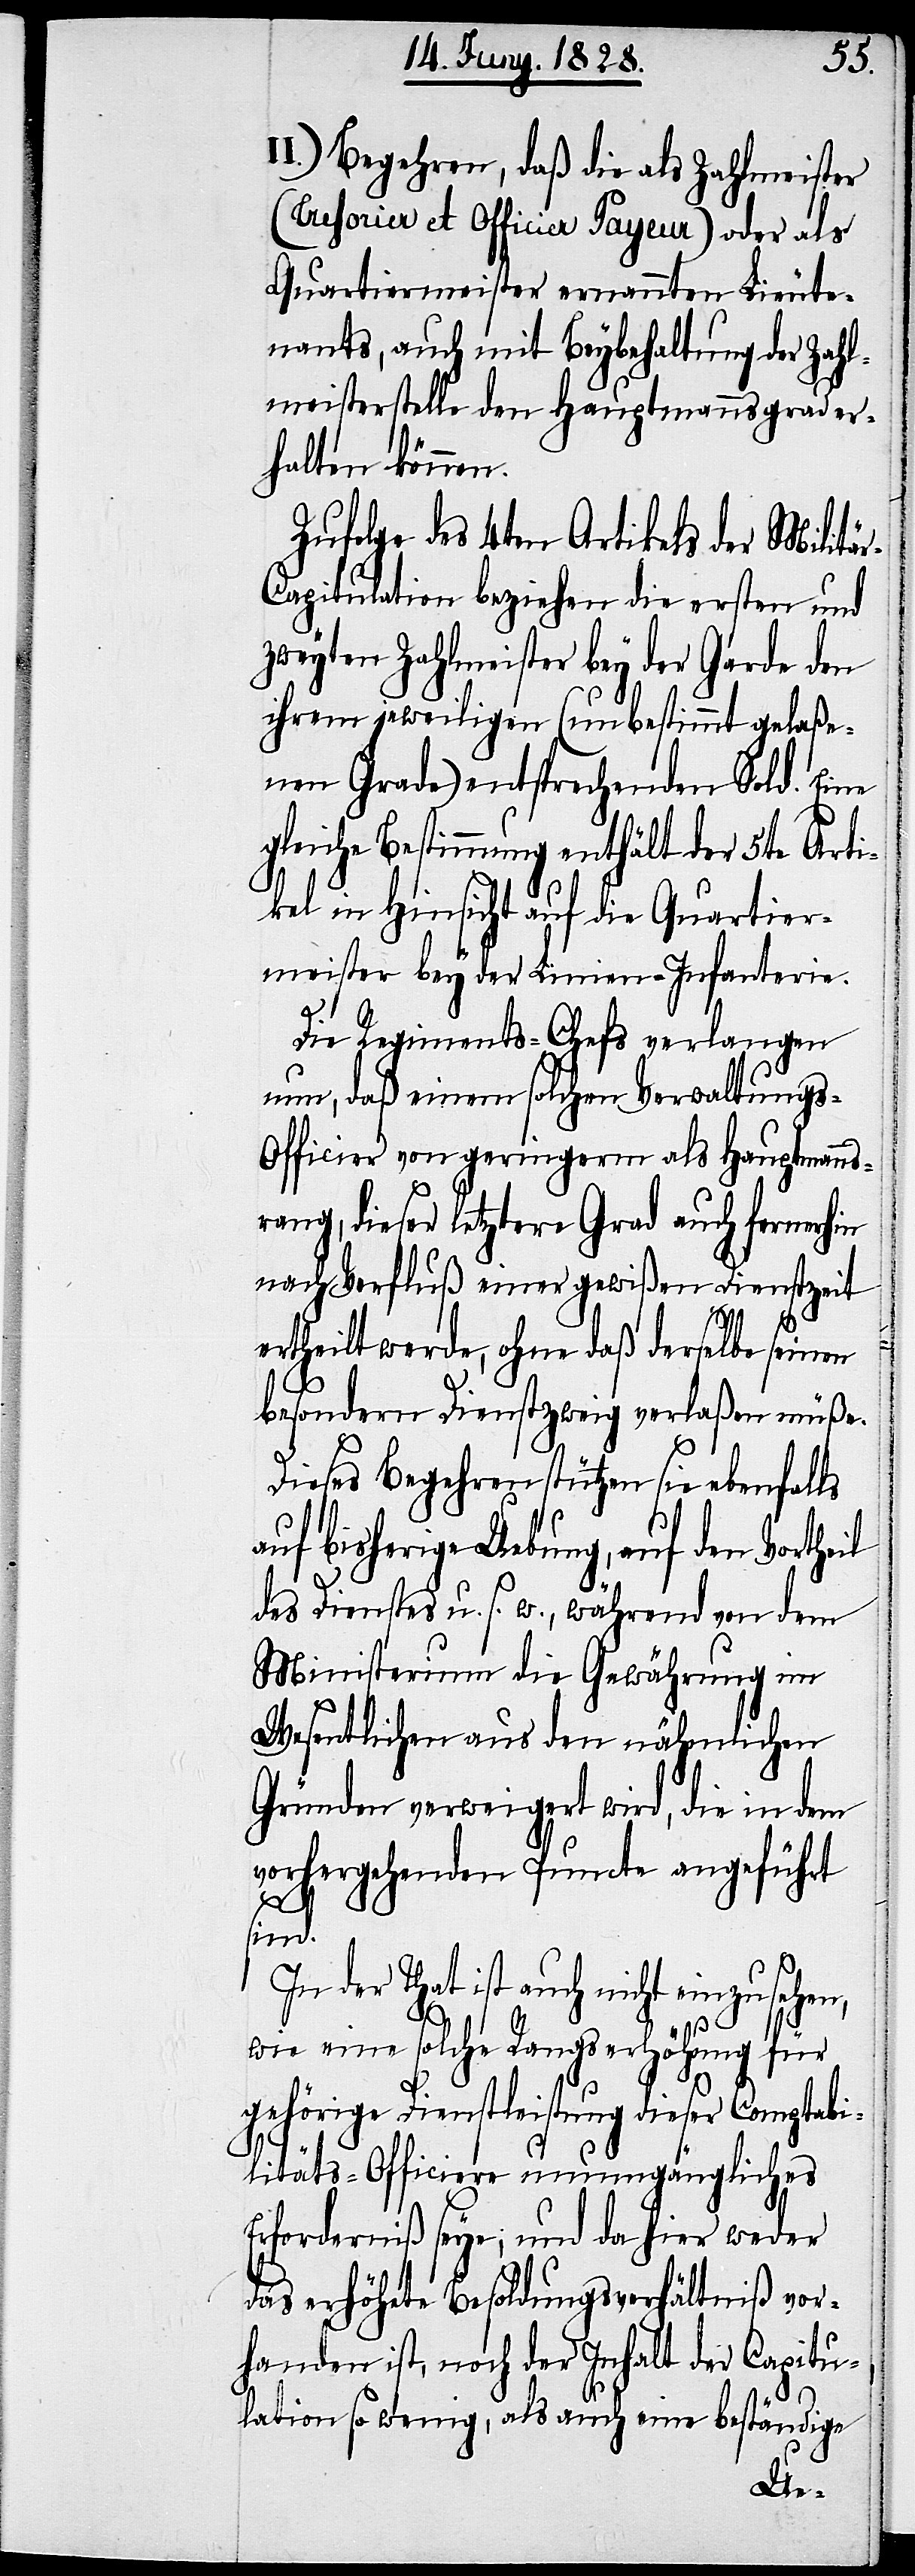
II.) Begehren, daß die als Zahlmeister
(Tresorier et Officier Payeur) oder als
Quartiermeister ernannten Lieute¬
nants, auch mit Beybehaltung der Zahl¬
meisterstelle den Hauptmannsgrad er¬
halten können.
Zufolge des 4ten Artikels der Militä¬
r-Capitulation beziehen die ersten und
zweyten Zahlmeister bey der Garde den
ihrem jeweiligen (unbestimmt gelaße¬
nen Grade) entsprechenden Sold. Eine
gleiche Bestimmung enthält der 5te Arti¬
kel in Hinsicht auf die Quartier¬
meister bey der Linien-Infanterie.
Die Regiments-Chefs verlangen
nun, daß einem solchen Verwaltung¬
s-Officier von geringerm als Hauptmanns¬
rang, dieser letztere Grad auch fernerhin
nach Verfluß einer gewißen Dienstzeit
ertheilt werde, ohne daß derselbe seinen
besondern Dienstzweig verlaßen müße.
Dieses Begehren stützen sie ebenfalls
auf bisherige Uebung, auf den Vortheil
des Dienstes u. s. w., während von dem
Ministerium die Gewährung im
Wesentlichen aus den nähmlichen
Gründen verweigert wird, die in dem
vorhergehenden Puncte angeführt
sind.
In der That ist auch nicht einzusehen,
wie in solche Rangserhöhung für
gehörige Dienstleistung dieser Comptabi¬
litäts-Officiere unumgägnliches
Erforderniß seye; und da hier weder
das erhöhete Besoldungsverhältniß vor¬
handen ist, noch der Inhalt der Capitu¬
lation so wenig, als auch eine beständige